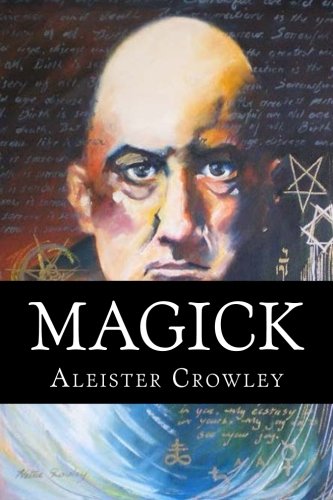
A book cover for Magick; Aleister Crowley; Religion & Spirituality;